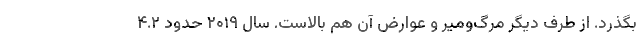
بگذرد. از طرف دیگر مرگ‌ومیر و عوارض آن هم بالاست. سال ۲۰۱۹ حدود ۴.۲